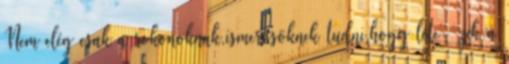
Nem elég csak a rokonoknak,ismerősöknek tudni,hogy léte- zik a